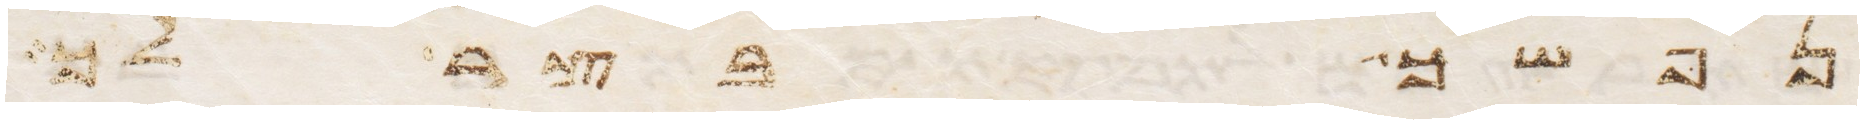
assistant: נפשך בצר לך